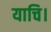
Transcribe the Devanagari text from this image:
याचि।